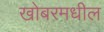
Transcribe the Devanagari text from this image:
खोबरमधील